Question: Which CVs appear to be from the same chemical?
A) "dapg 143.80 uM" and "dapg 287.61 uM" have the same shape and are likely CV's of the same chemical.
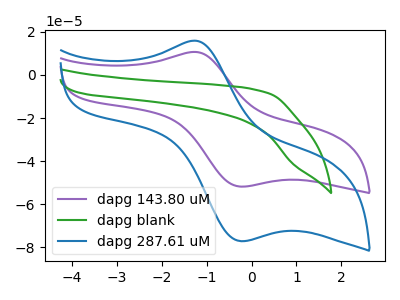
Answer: <think>The purple curve "dapg 143.80 uM" has an anodic peak at (-1.30V, 10.65uA) and a cathodic peak at (-0.25V, -51.80uA). The green curve "dapg blank" has no peaks. The blue curve "dapg 287.61 uM" has an anodic peak at (-1.30V, 15.90uA) and a cathodic peak at (-0.25V, -77.10uA).
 "dapg 143.80 uM" and "dapg blank" have a different number of peaks. All the peaks in "dapg 143.80 uM" have a peak in "dapg 287.61 uM" at the same potential. Every peak in "dapg 143.80 uM" is lower than every peak in "dapg 287.61 uM". "dapg blank" and "dapg 287.61 uM" have a different number of peaks.</think>
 <answer>A) "dapg 143.80 uM" and "dapg 287.61 uM" have the same shape and are likely CV's of the same chemical.</answer>
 <eval>A</eval>